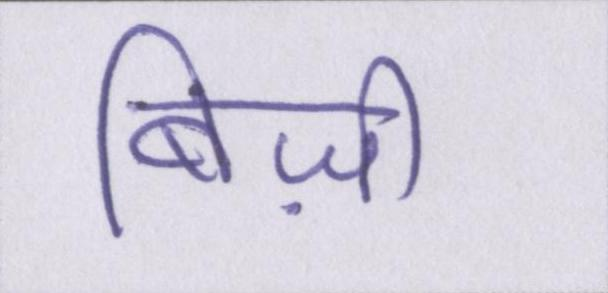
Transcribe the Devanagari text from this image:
बिज़ी